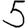
Digit: 5